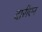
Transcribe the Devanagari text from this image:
दारीएन